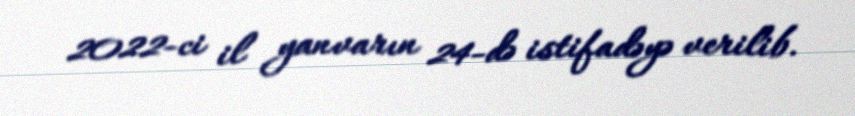
2022-ci il yanvarın 24-də istifadəyə verilib.